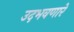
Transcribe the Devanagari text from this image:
उदभवणारे